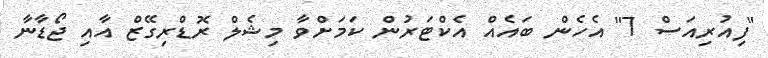
"ފިއުރިއަސް 7" އެހެން ބައެއް އެކްޓަރުން ކަމަށްވާ މިޝެލް ރޮޑްރިގޭޒް އާއި ޖޯޑާނާ